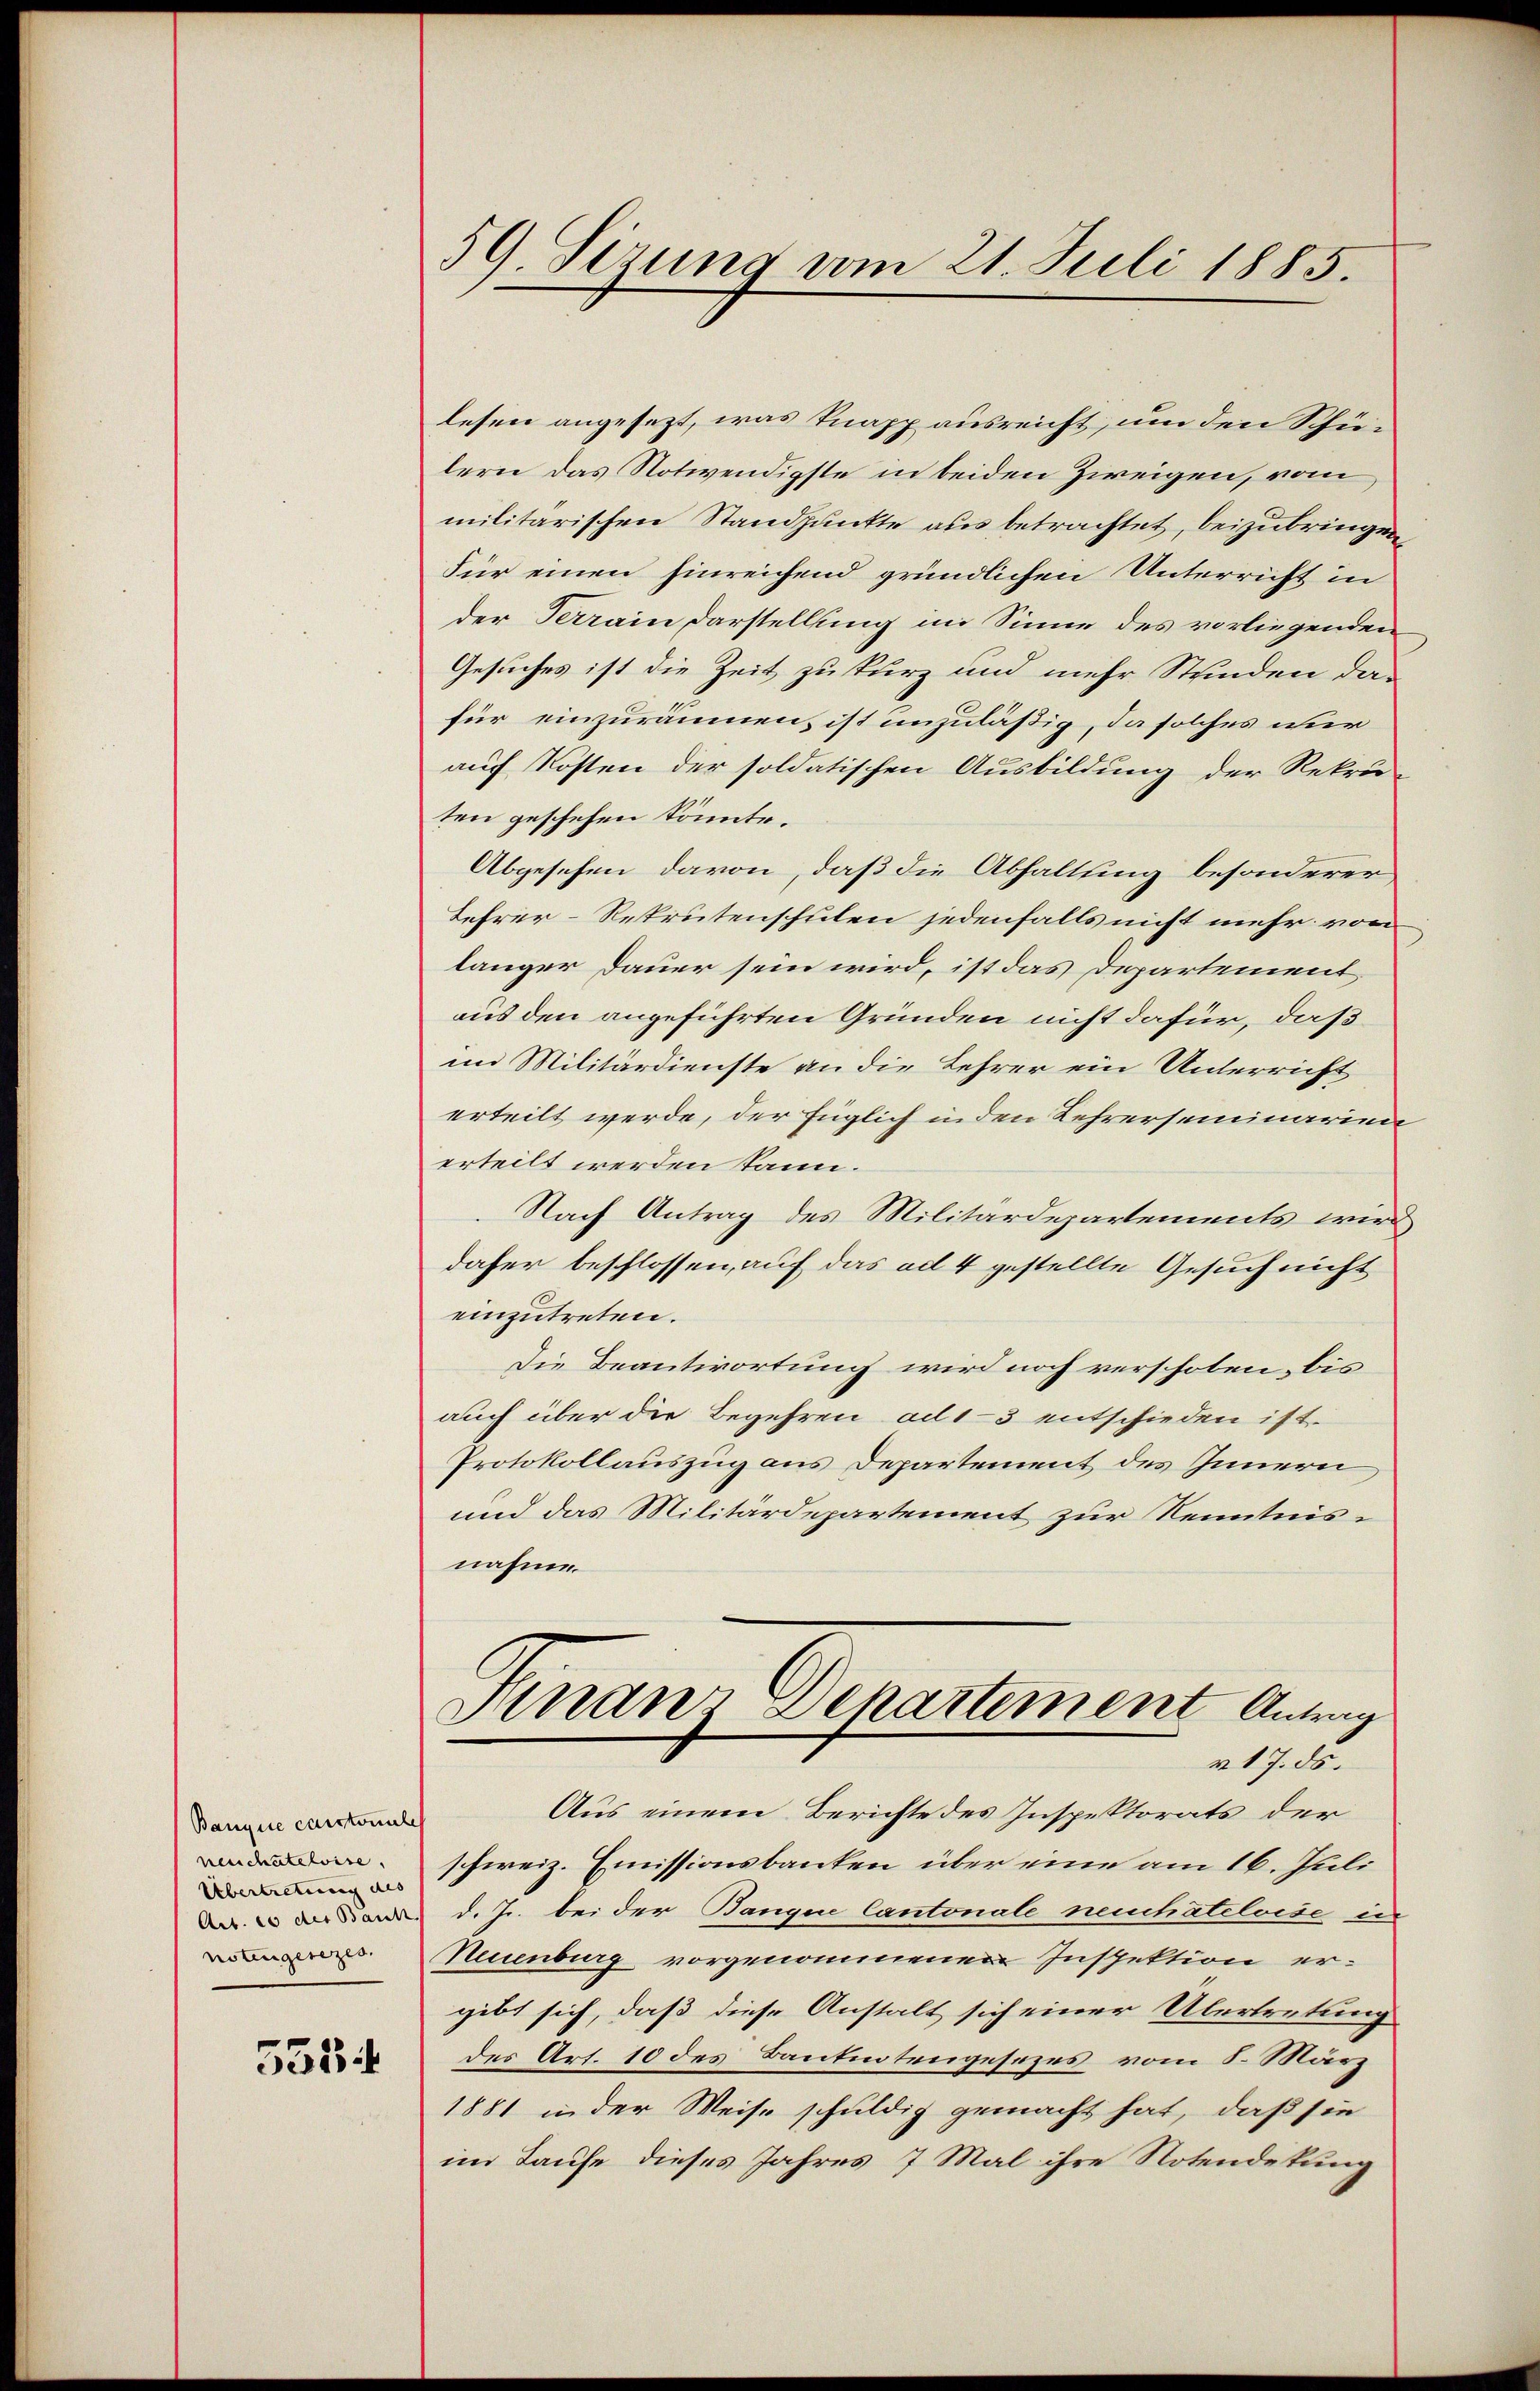
Bangene canstomilch
venschatelvise.
Übertretung des |
notengesezes.

5534

59. Sizung vom 21. Juli 1885.

lesen angesezt, was knapp ausreicht, um den Schülern das Notwendigste in beiden Zweigen, vom
militarischen Standpunkte aus betrachtet, beizubringen,
Für einen hinreichend gründlichen Unterricht in
der Terrain Darstellung im Sinne des vorliegenden
Gesuches ist die Zeit zu kurz und mehr Stunden das
für einzuräumen, ist unzuläßig, da solches nur
auf Kosten der soldatischen Ausbildung der Rekru-
ten geschehen könnte.
Abgesehen davon, daß die Abhaltung besonderer
Lehrer-Rekrutenschulen jedenfalls nicht mehr von
länger Dauer sein wird, ist das Departement
aus den angeführten Gründen nicht dafür, daß
im Militärdienste an die Lehrer ein Unterricht
erteilt werde, der füglich in den Lehrerseminarien
erteilt werden kann.
Nach Antrag des Militärdepartements wird
daher beschlossen, auf das ad 4 gestellte Gesuch nicht
einzutreten.
Die Beantwortung wird noch verschoben, bis
auch über die Begehren ad 1-3 entschieden ist.
Protokollauszug aus Departement des Innern,
und das Militärdepartement zur Kenntnisnähme.
Finanz Departement Antrag
a. 17. ds.
Aus einem Berichte des Inspektorats der
schweiz. Emissionsbanken über eine am 16. Juli
  den d. Js. bei der Bangen Cantonale neuchâteloise in
Neuenburg vorgenommenen Inspektion ergibt sich, daß diese Anstalt sich einer Übertretung
des Art. 10 des Bautentengesezes vom 8. März
1881 in der Weise schuldig gemacht hat, daß sie
im Taufe dieses Jahres 7 Mal ihre Notendekung